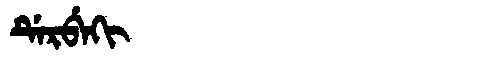
Manchu: ᡩᡝᡵᠪᡝᡴᡳ
Romanization: DERBEKI